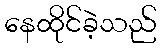
နေထိုင်ခဲ့သည်